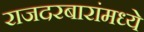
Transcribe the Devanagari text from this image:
राजदरबारांमध्ये